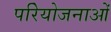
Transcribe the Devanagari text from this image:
परिेयोजनाओं